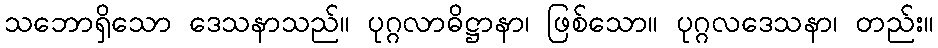
သဘောရှိသော ဒေသနာသည်။ ပုဂ္ဂလာဓိဋ္ဌာနာ၊ ဖြစ်သော။ ပုဂ္ဂလဒေသနာ၊ တည်း။